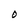
Character: O